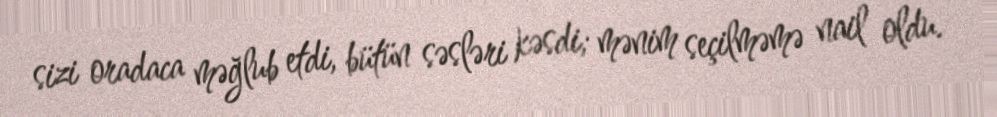
sizi oradaca məğlub etdi, bütün səsləri kəsdi; mənim seçilməmə nail oldu.